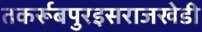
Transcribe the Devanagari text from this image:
तकर्रूबपुरइसराजखेडी